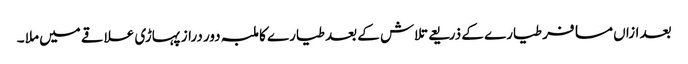
بعد ازاں مسافر طیارے کے ذریعے تلاش کے بعد طیارے کا ملبہ دور دراز پہاڑی علاقے میں ملا ۔